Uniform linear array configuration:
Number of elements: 16
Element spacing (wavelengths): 0.25
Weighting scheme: binomial
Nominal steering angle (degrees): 30
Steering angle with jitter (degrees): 31.273
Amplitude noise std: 0.05
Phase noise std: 0.05

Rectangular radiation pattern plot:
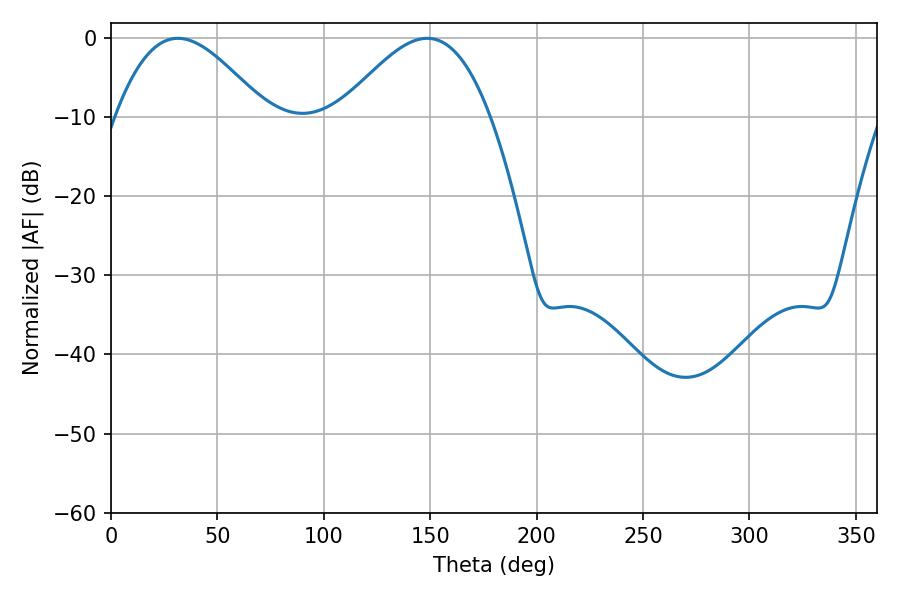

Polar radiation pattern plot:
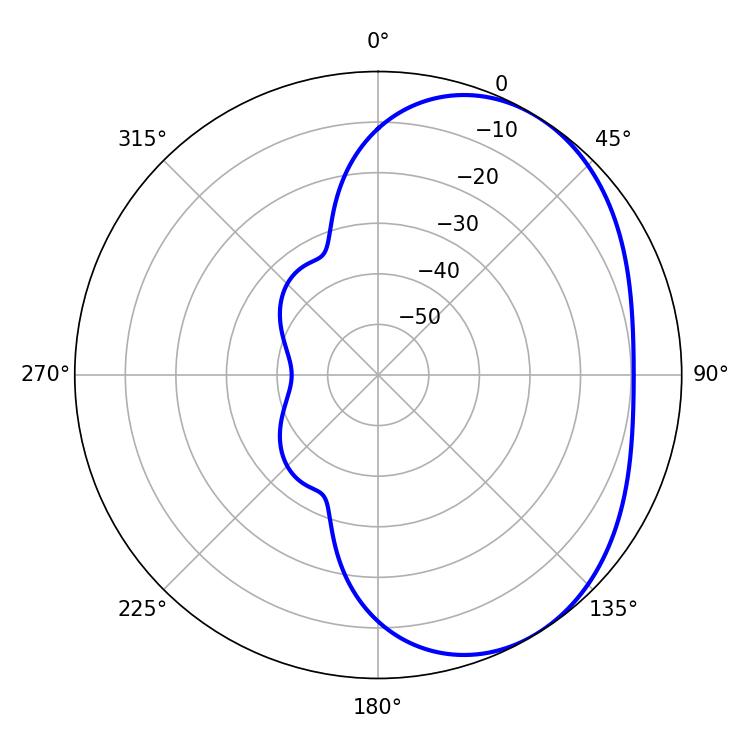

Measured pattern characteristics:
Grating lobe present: FALSE
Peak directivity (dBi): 3.689
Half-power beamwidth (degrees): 37.8
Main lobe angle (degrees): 31.5